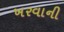
ખરવાની